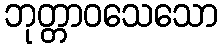
ဘုတ္တာဝသေသော